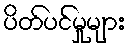
ပိတ်ပင်မှုများ